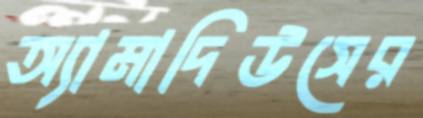
অ্যামাদিউসের